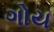
ગોય